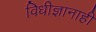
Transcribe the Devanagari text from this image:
विधीज्ञानाही